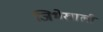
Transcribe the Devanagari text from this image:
जिभेखाली